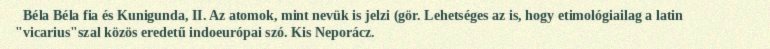
Béla Béla fia és Kunigunda, II. Az atomok, mint nevük is jelzi (gör. Lehetséges az is, hogy etimológiailag a latin "vicarius"szal közös eredetű indoeurópai szó. Kis Neporácz.